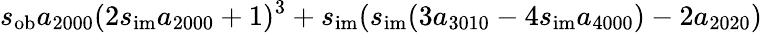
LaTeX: s_{\mathrm{ob}}a_{2000}(2s_{\mathrm{im}}a_{2000}+1)^{3}+s_{\mathrm{im}}(s_{\mathrm{im}}(3a_{3010}-4s_{\mathrm{im}}a_{4000})-2a_{2020})